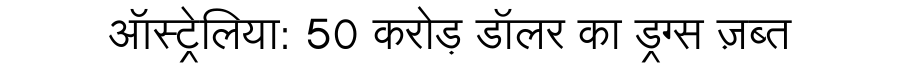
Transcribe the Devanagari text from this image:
ऑस्ट्रेलिया: 50 करोड़ डॉलर का ड्रग्स ज़ब्त